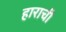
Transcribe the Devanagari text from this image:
हाराची